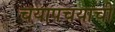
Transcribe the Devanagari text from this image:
चयापचयाची